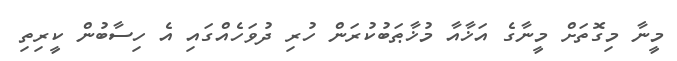
މީނާ މިގޮތަށް މީނާގެ އަޚާއާ މުޚާޠަބުކުރަން ހުރި ދުވަހެއްގައި އެ ހިސާބުން ކީރިތި